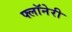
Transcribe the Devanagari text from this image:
फ्लॉनेरी